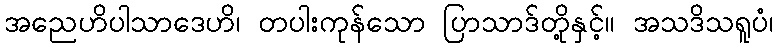
အညေဟိပါသာဒေဟိ၊ တပါးကုန်သော ပြာသာဒ်တို့နှင့်။ အသဒိသရူပံ၊